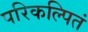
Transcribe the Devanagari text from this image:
परिकल्पितं